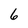
Character: 6